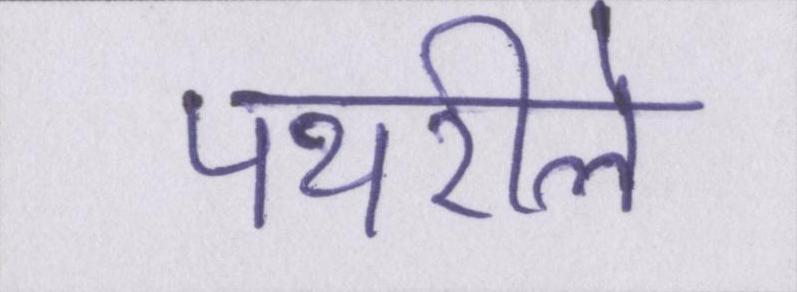
पथरीले